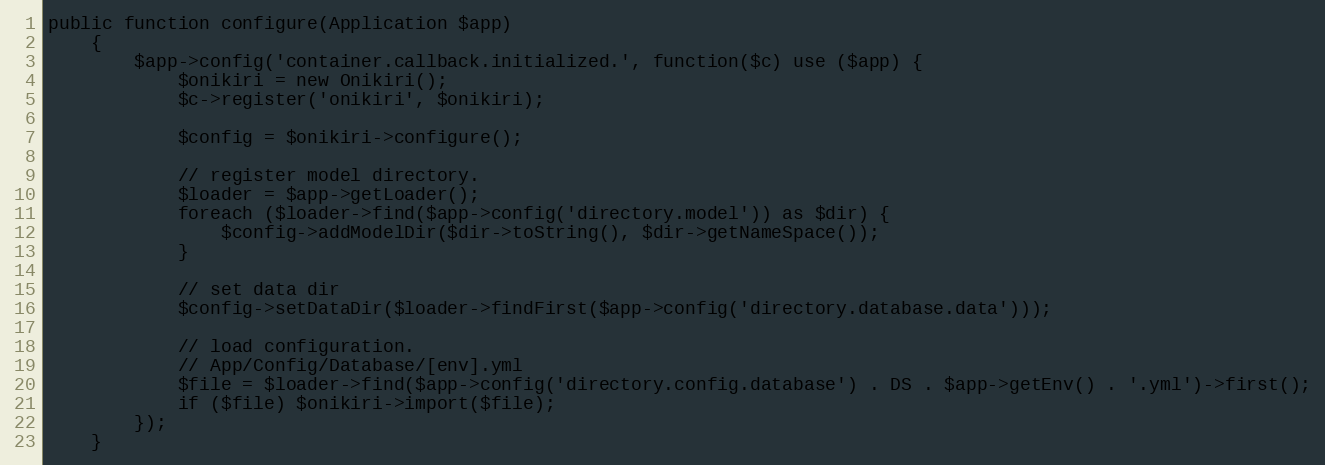
Language: PHP
public function configure(Application $app)
    {
        $app->config('container.callback.initialized.', function($c) use ($app) {
            $onikiri = new Onikiri();
            $c->register('onikiri', $onikiri);

            $config = $onikiri->configure();

            // register model directory.
            $loader = $app->getLoader();
            foreach ($loader->find($app->config('directory.model')) as $dir) {
                $config->addModelDir($dir->toString(), $dir->getNameSpace());
            }

            // set data dir
            $config->setDataDir($loader->findFirst($app->config('directory.database.data')));

            // load configuration.
            // App/Config/Database/[env].yml
            $file = $loader->find($app->config('directory.config.database') . DS . $app->getEnv() . '.yml')->first();
            if ($file) $onikiri->import($file);
        });
    }